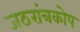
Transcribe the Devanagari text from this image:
जठरांत्रकोप